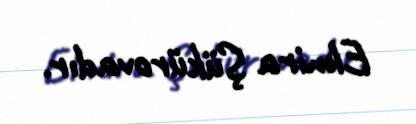
Elmira Şükürovadır.